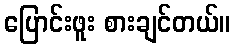
ပြောင်းဖူး စားချင်တယ်။